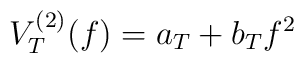
V^{(2)}_T(f) = a_T + b_T f^2